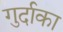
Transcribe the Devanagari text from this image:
गुर्दाका